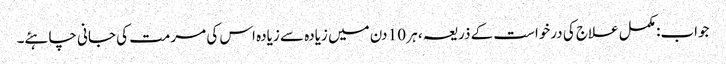
جواب: مکمل علاج کی درخواست کے ذریعہ ، ہر 10 دن میں زیادہ سے زیادہ اس کی مرمت کی جانی چاہئے۔